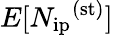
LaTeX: E[{N_{\mathrm{ip}}}^{\mathrm{(st)}}]